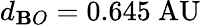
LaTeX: d_{\mathbf{B}O}=0.645{\mathrm{{~AU}}}